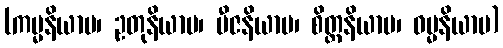
(ကမ္မနိယာမ၊ ဥတုနိယာမ၊ ဗီဇနိယာမ၊ စိတ္တနိယာမ၊ ဓမ္မနိယာမ)